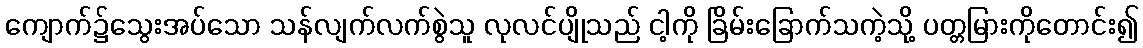
ကျောက်၌သွေးအပ်သော သန်လျက်လက်စွဲသူ လုလင်ပျိုသည် ငါ့ကို ခြိမ်းခြောက်သကဲ့သို့ ပတ္တမြားကိုတောင်း၍